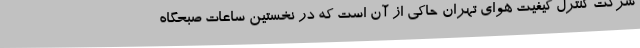
شرکت کنترل کیفیت هوای تهران حاکی از آن است که در نخستین ساعات صبحگاه